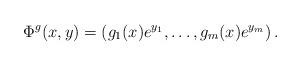
LaTeX: \begin{align*}\Phi^g(x,y)=(g_1(x)e^{y_1},\dots,g_m(x)e^{y_m})\,.\end{align*}